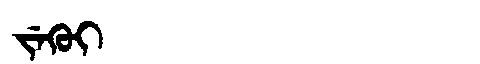
Manchu: ᠵᡝᡴᡠᡳ
Romanization: JEKUI